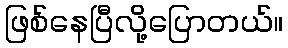
ဖြစ်နေပြီလို့ပြောတယ်။